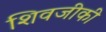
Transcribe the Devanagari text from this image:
शिवजीकी